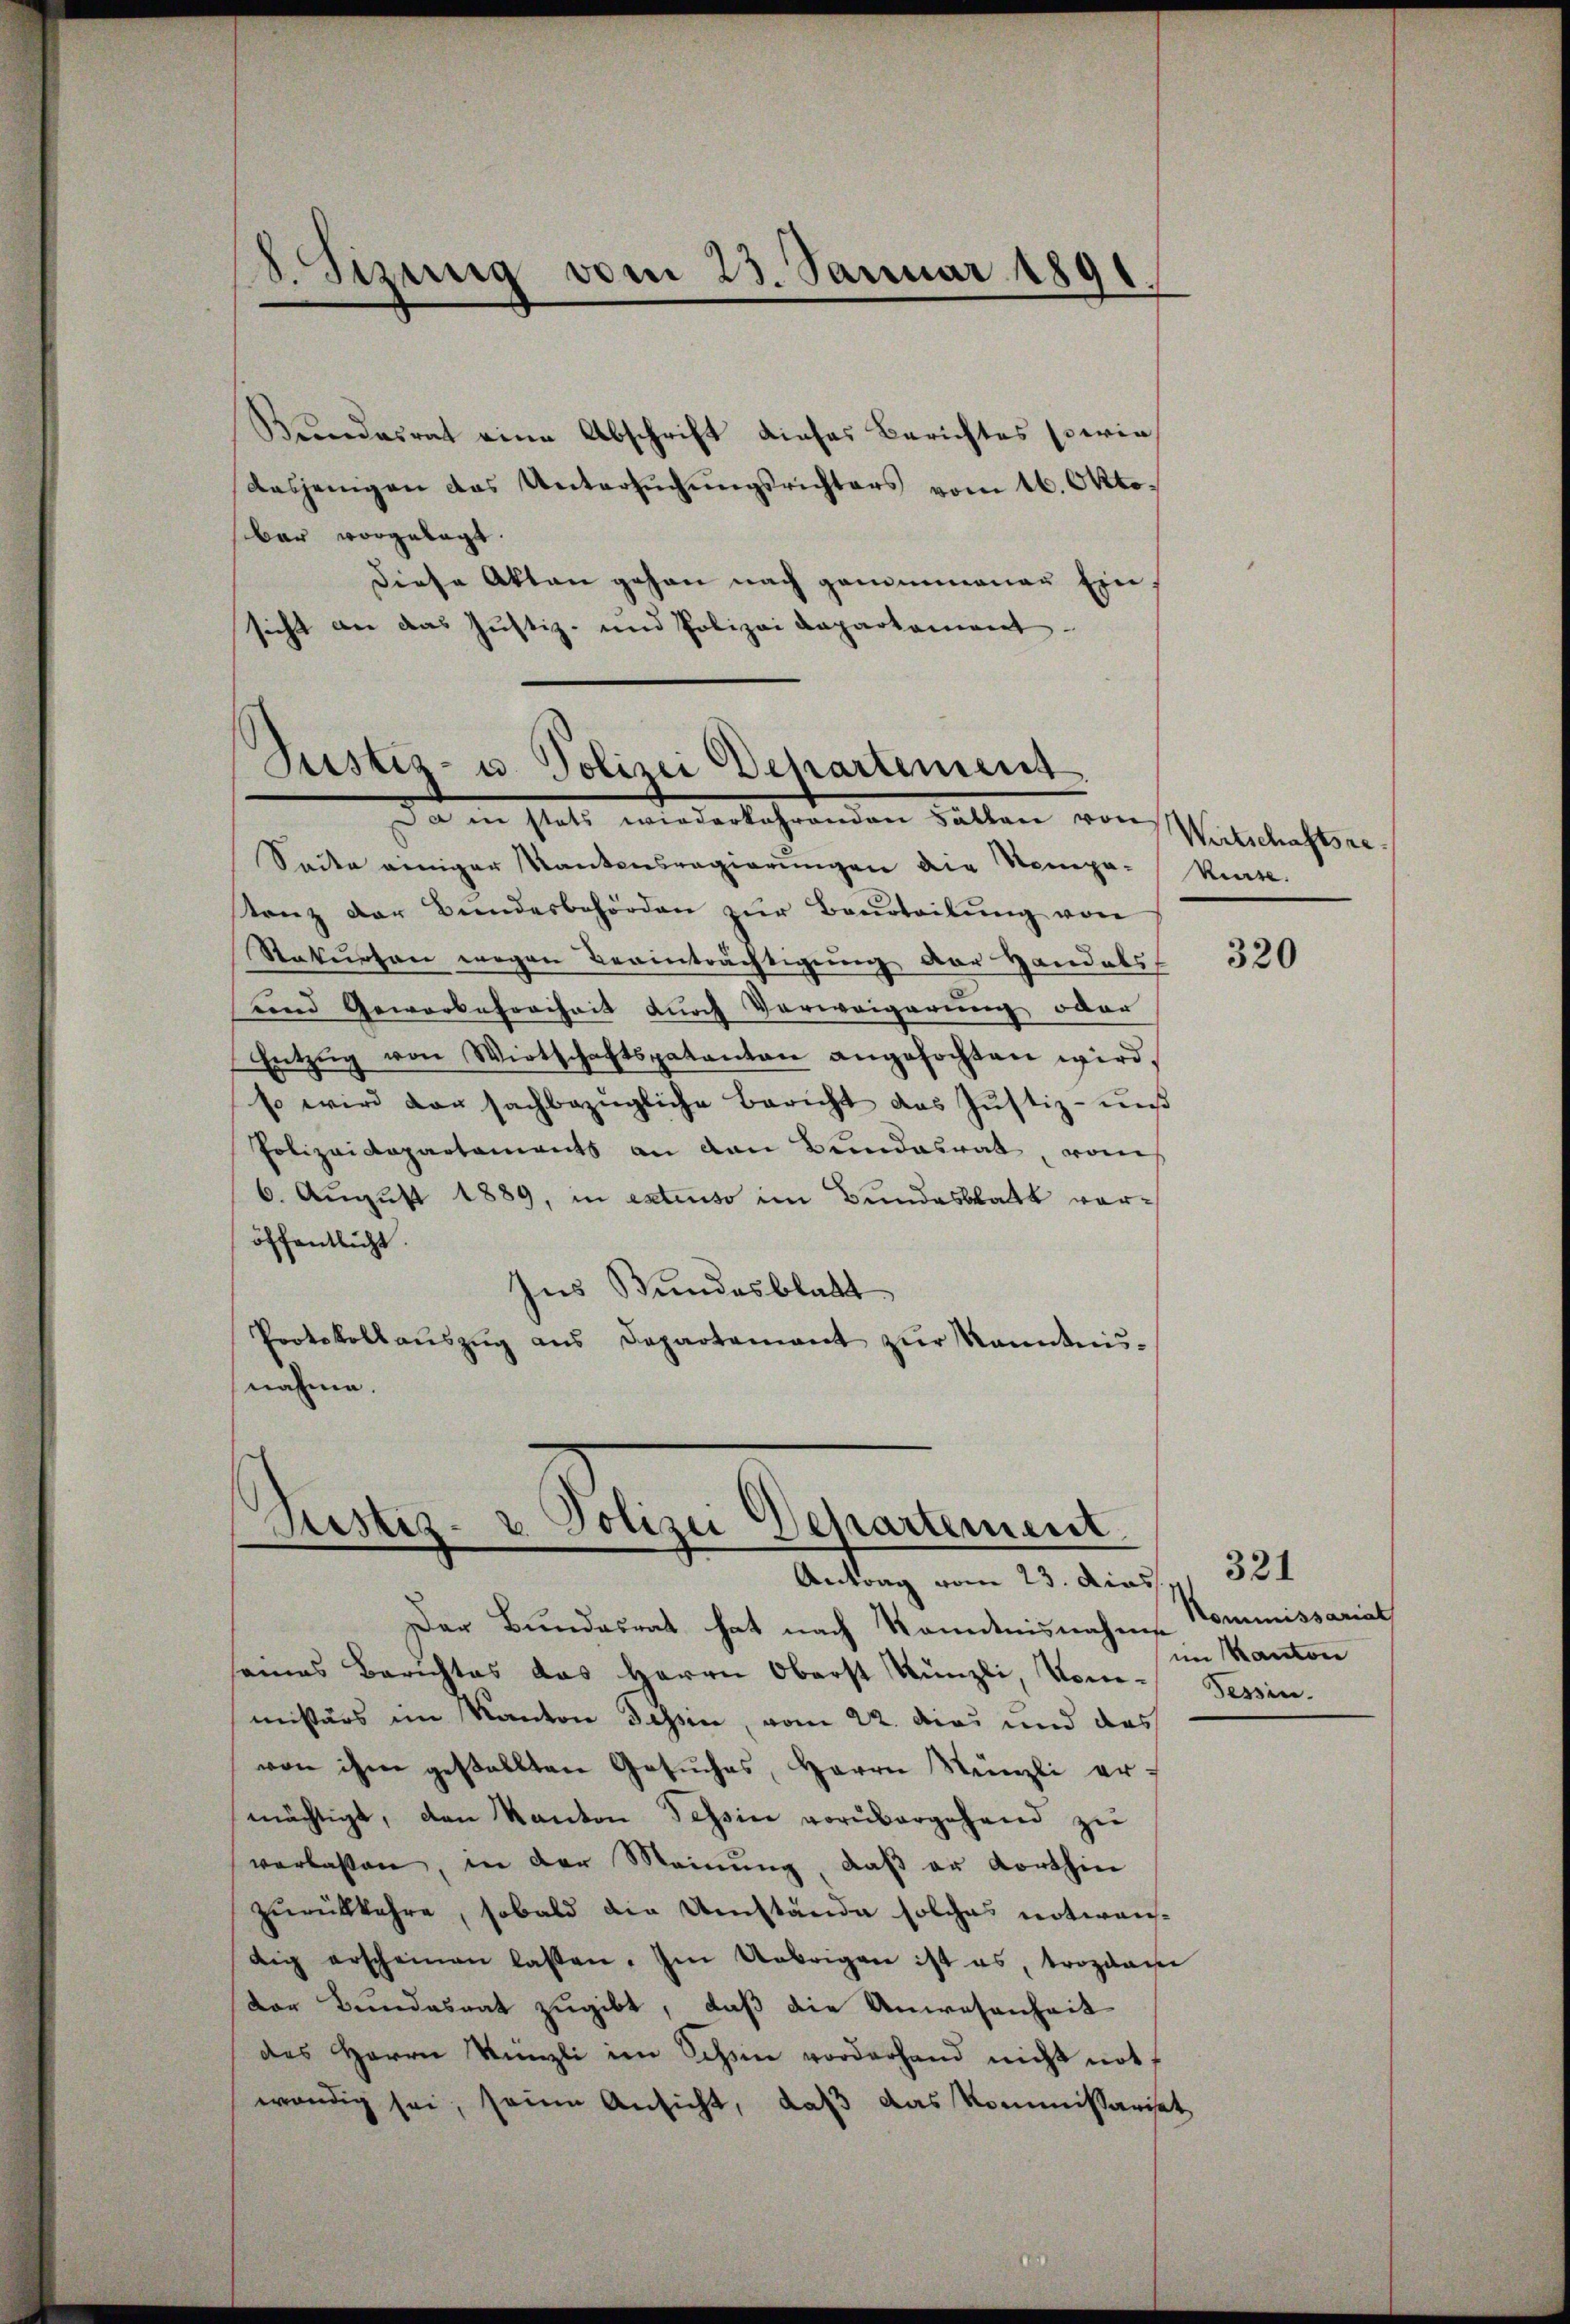
8. Sizung vom 23. Januar 1891

Kundesrat eine Abschrift dieses Berichtes sowie
dasjenigen das Untersŭchŭngsrichters vom 16. Oktosbar vorgelegt.
Diese Akten gehen nach genommener Einsicht an das Justiz- und Polizei Daparkament.

Justiz- u. Polizei Departement
Da in statt wiederlehrenden Fallen von stelleichtser¬

Saite einiger Kantonsregierungen die Stempe-Kurse.
stanz der Bundesbehörden zŭr Beurteilŭng vor
Stakursen wegen Beanträchtigung der Handels
und Geworbefreiheit durch Verweigerung oder
Entzŭg von Wirtschaftspatanton angefochten wird,
so wird der sachbezügliche Bericht das Justiz- uns
Polizeidepartaments an den Bundesrat, vom
6. August 1889, in extenso im Bundesblatt voröffentlicht.
Ins Bundesblatt
Protokollaŭszŭg ans Departement zur kanntnisnahme.

Justiz- & Polizei Departement.
Antrag vom 23. dies

Der Bundesrat hat nach Kenntnisnahme Nommissariat
eines Berichtes das Herrn Oberst Künzli, Vom Tessin.
missärs im Kanton Tessin, vom 22. die und das
von ihm gestellten Gesŭches, Herrn Münzli er-
mächtigt, den Kanton Tessin vorübergehend zu
verlassen, in der Meinŭng, daβ er Korthin
zurückkehre, sobald die Umstände solches notwendig erscheinen lassen. Im Uebrigen ist es, trozdame
dor Bundesrat zugibt, daß die Anwesenheit
des Herrn Künzli im Schin vorderhand nicht not
wendig sei, seine Ansicht, daß das Kommissariset

320

im Kanton

321